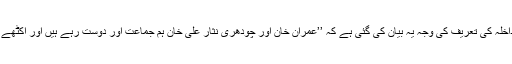
‘‘ وزیرِاعظم کے ساتھ وزیرِ داخلہ کی تعریف کی وجہ یہ بیان کی گئی ہے کہ ’’عمران خان اور چودھری نثار علی خان ہم جماعت اور دوست رہے ہیں اور اکٹھے کرکٹ بھی کھیلتے رہے ہیں۔